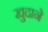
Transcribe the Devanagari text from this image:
खुदाने